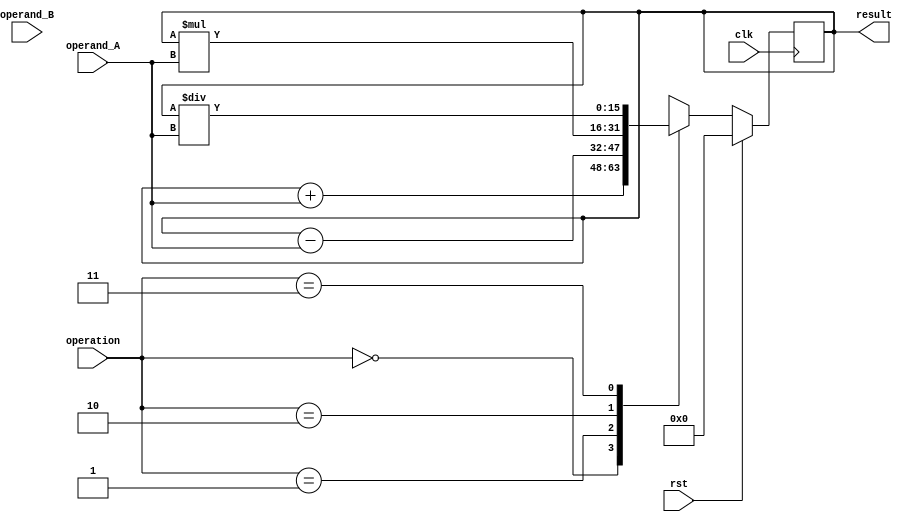
module accumulator (
    input wire clk,
    input wire rst,
    input wire [7:0] operand_A,
    input wire [7:0] operand_B,
    input wire [1:0] operation,
    output wire [15:0] result
); 

reg [15:0] accumulator_reg;

always @(posedge clk) begin
    if (rst) begin
        accumulator_reg <= 16'd0;
    end else begin
        case(operation)
            2'd0: accumulator_reg <= accumulator_reg + operand_A; // Addition
            2'd1: accumulator_reg <= accumulator_reg - operand_A; // Subtraction
            2'd2: accumulator_reg <= accumulator_reg * operand_A; // Multiplication
            2'd3: accumulator_reg <= accumulator_reg / operand_A; // Division
            default: accumulator_reg <= accumulator_reg; // Default case
        endcase
    end
end

assign result = accumulator_reg;

endmodule